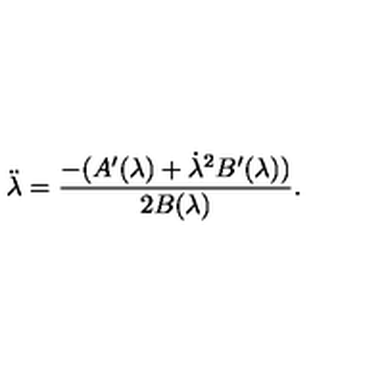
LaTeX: \ddot { \lambda } = \frac { - ( A ^ { \prime } ( \lambda ) + \dot { \lambda } ^ { 2 } B ^ { \prime } ( \lambda ) ) } { 2 B ( \lambda ) } .